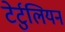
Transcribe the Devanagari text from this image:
टेर्टुलियन